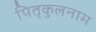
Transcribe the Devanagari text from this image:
पितृकुलनाम